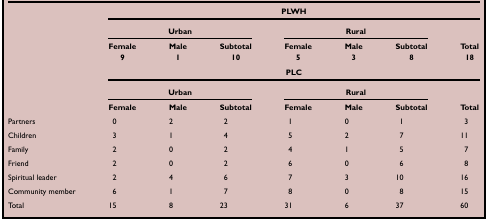
<table><thead><tr><td><b> </b></td><td colspan="7"><b>PLWH</b></td></tr><tr><td><b> </b></td><td colspan="3"><b>Urban</b></td><td colspan="3"><b>Rural</b></td><td><b> </b></td></tr><tr><td><b> </b></td><td><b>Female</b></td><td><b>Male</b></td><td><b>Subtotal</b></td><td><b>Female</b></td><td><b>Male</b></td><td><b>Subtotal</b></td><td><b>Total</b></td></tr><tr><td><b> </b></td><td><b>9</b></td><td><b>1</b></td><td><b>10</b></td><td><b>5</b></td><td><b>3</b></td><td><b>8</b></td><td><b>18</b></td></tr><tr><td><b> </b></td><td colspan="7"><b>PLC</b></td></tr><tr><td><b> </b></td><td colspan="3"><b>Urban</b></td><td colspan="3"><b>Rural</b></td><td><b> </b></td></tr><tr><td><b> </b></td><td><b>Female</b></td><td><b>Male</b></td><td><b>Subtotal</b></td><td><b>Female</b></td><td><b>Male</b></td><td><b>Subtotal</b></td><td><b>Total</b></td></tr></thead><tbody><tr><td>Partners</td><td>0</td><td>2</td><td>2</td><td>1</td><td>0</td><td>1</td><td>3</td></tr><tr><td>Children</td><td>3</td><td>1</td><td>4</td><td>5</td><td>2</td><td>7</td><td>11</td></tr><tr><td>Family</td><td>2</td><td>0</td><td>2</td><td>4</td><td>1</td><td>5</td><td>7</td></tr><tr><td>Friend</td><td>2</td><td>0</td><td>2</td><td>6</td><td>0</td><td>6</td><td>8</td></tr><tr><td>Spiritual leader</td><td>2</td><td>4</td><td>6</td><td>7</td><td>3</td><td>10</td><td>16</td></tr><tr><td>Community member</td><td>6</td><td>1</td><td>7</td><td>8</td><td>0</td><td>8</td><td>15</td></tr><tr><td>Total</td><td>15</td><td>8</td><td>23</td><td>31</td><td>6</td><td>37</td><td>60</td></tr></tbody></table>